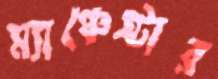
ম্যাঞ্চেস্টার